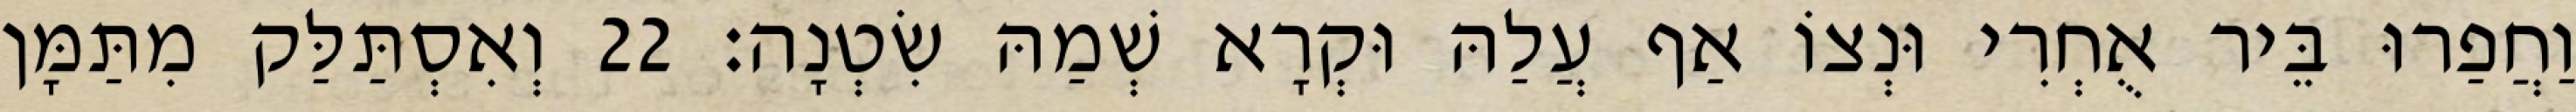
וַחֲפַרוּ בֵּיר אֻחְרִי וּנְצוֹ אַף עֲלַהּ וּקְרָא שְׁמַהּ שִׂטְנָה׃ 22 וְאִסְתַּלַּק מִתַּמָּן